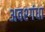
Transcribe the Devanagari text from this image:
अवश्गंधा